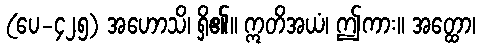
(ပေ-၄၂၅) အဟောသိ၊ ရှိ၏။ ဣတိအယံ၊ ဤကား။ အတ္ထော၊